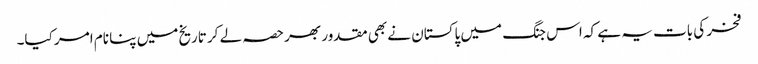
فخر کی بات یہ ہے کہ اس جنگ میں پاکستان نے بھی مقدور بھر حصہ لے کر تاریخ میں پنا نام امر کیا۔